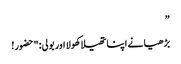
”
بڑھیا نے اپنا تھیلا کھولا اور بولی: "حضور!